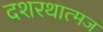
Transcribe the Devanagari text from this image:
दशरथात्मज